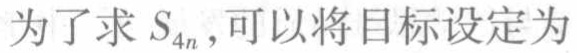
为了求 \(S_{4n}\)，可以将目标设定为